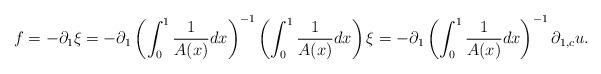
LaTeX: \begin{align*}f=-\partial_{1}\xi=-\partial_{1}\left(\int_{0}^{1}\frac{1}{A(x)}dx\right)^{-1}\left(\int_{0}^{1}\frac{1}{A(x)}dx\right)\xi=-\partial_{1}\left(\int_{0}^{1}\frac{1}{A(x)}dx\right)^{-1}\partial_{1,c}u.\end{align*}